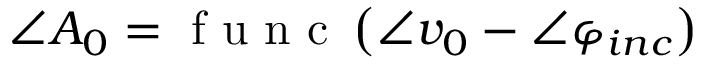
\angle A _ { 0 } = \mathrm { ~ f ~ u ~ n ~ c ~ } \left( \angle v _ { 0 } - \angle \varphi _ { i n c } \right)